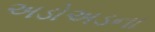
અડોઅડના